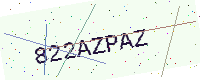
Text: 822AZPAZ